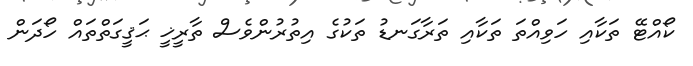
ކޯއްޓޭ ތަކާއި ހަވިއްތަ ތަކާއި ތަރާގަނޑު ތަކުގެ އިތުރުންވެސް ތާރީޚީ ޙަޤީގަތްތައް ހޯދަން